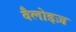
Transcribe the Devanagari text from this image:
वैलोइज़